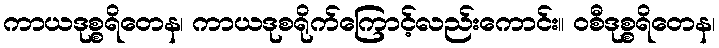
ကာယဒုစ္စရိတေန၊ ကာယဒုစရိုက်ကြောင့်လည်းကောင်း။ ဝစီဒုစ္စရိတေန၊